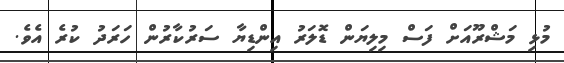
މުޅި މަޝްރޫއަށް ފަސް މިލިޔަން ޑޮލަރު އިންޑިޔާ ސަރުކާރުން ހަރަދު ކުރެ އެވެ.